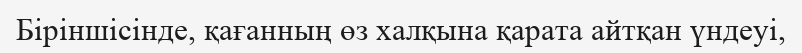
Біріншісінде, қағанның өз халқына қарата айтқан үндеуі,